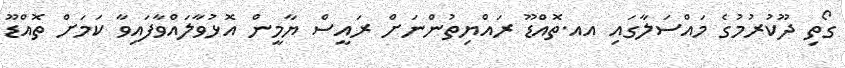
ގޯތި ދޫކުރުމުގެ މައްސަލާގައި އއ.ތޮއްޑޫ ރައްޔިތުންނަށް ރައީސް ޔާމީން އޮޅުވާލައްވާފައިވާ ކަމަށް ތޮއްޑޫ